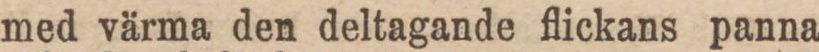
med värma den deltagande flickans panna